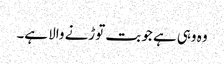
وہ وہی ہے جو بت توڑنے والا ہے۔